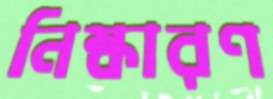
নিষ্কারণ